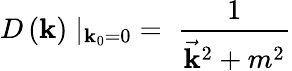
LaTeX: D\left(\mathbf{k}\right)\mid_{\mathbf{k}_{0}=0}\; =\; {\frac{{1}}{{{\vec{{\mathbf{k}}}}^{2}+m^{2}}}}